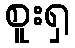
စူးရှ